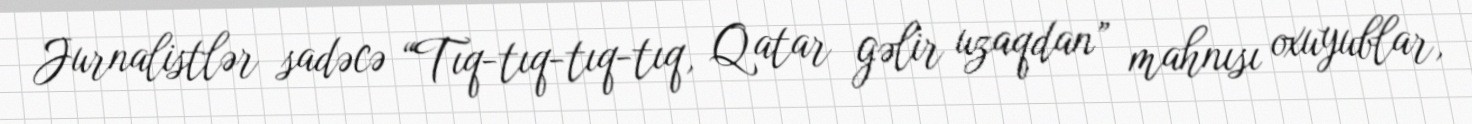
Jurnalistlər sadəcə “Tıq-tıq-tıq-tıq, Qatar gəlir uzaqdan” mahnısı oxuyublar,